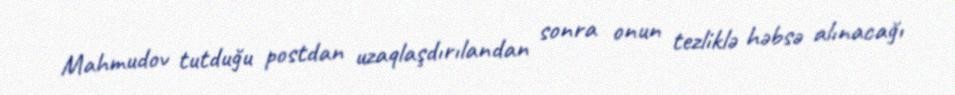
Mahmudov tutduğu postdan uzaqlaşdırılandan sonra onun tezliklə həbsə alınacağı